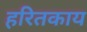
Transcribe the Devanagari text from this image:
हरितकाय